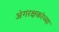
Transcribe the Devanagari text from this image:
अंगरक्षकांच्या